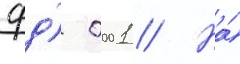
фд) 0001 // На́